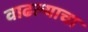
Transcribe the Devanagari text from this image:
वाढल्याचा